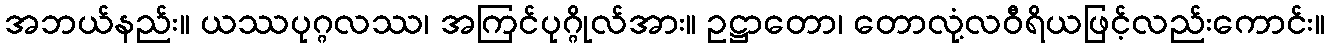
အဘယ်နည်း။ ယဿပုဂ္ဂလဿ၊ အကြင်ပုဂ္ဂိုလ်အား။ ဥဋ္ဌာတော၊ တောလုံ့လဝီရိယဖြင့်လည်းကောင်း။